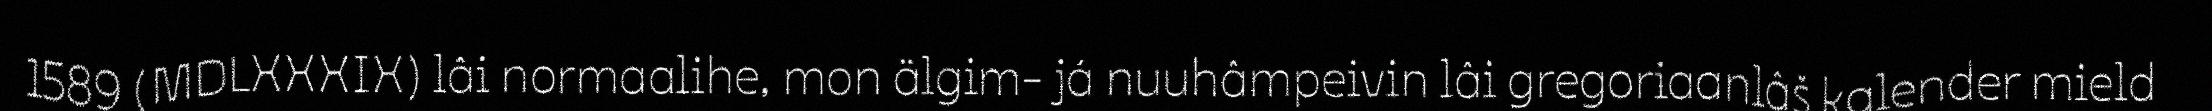
1589 (MDLXXXIX) lâi normaalihe, mon älgim- já nuuhâmpeivin lâi gregoriaanlâš kalender mield